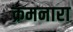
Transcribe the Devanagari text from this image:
क्रमनारा